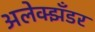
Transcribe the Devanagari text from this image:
अलेक्झँडर